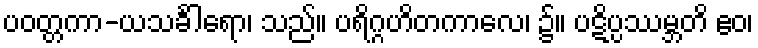
ပဝတ္တကာ-ယသင်္ခါရော၊ သည်။ ပရိဂ္ဂဟိတကာလေ၊ ၌။ ပဋိပ္ပဿမ္ဘတိ ဧဝ၊